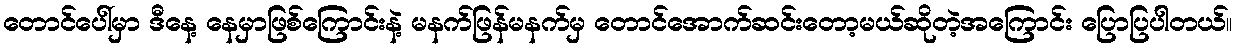
တောင်ပေါ်မှာ ဒီနေ့ နေမှာဖြစ်ကြောင်းနဲ့ မနက်ဖြန်မနက်မှ တောင်အောက်ဆင်းတော့မယ်ဆိုတဲ့အကြောင်း ပြောပြပါတယ်။